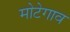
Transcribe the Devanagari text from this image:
मोटेगाव